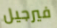
فيرجيل